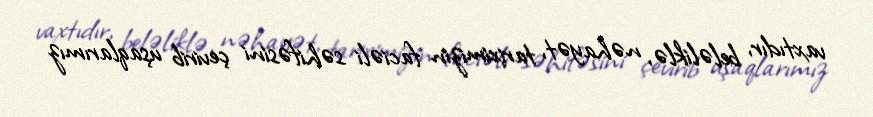
vaxtıdır, beləliklə, nəhayət, tariximizin faciəli səhifəsini çevirib uşaqlarımız